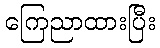
ကြေညာထားပြီး